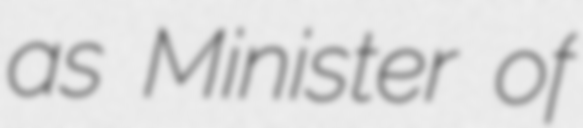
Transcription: as Minister of